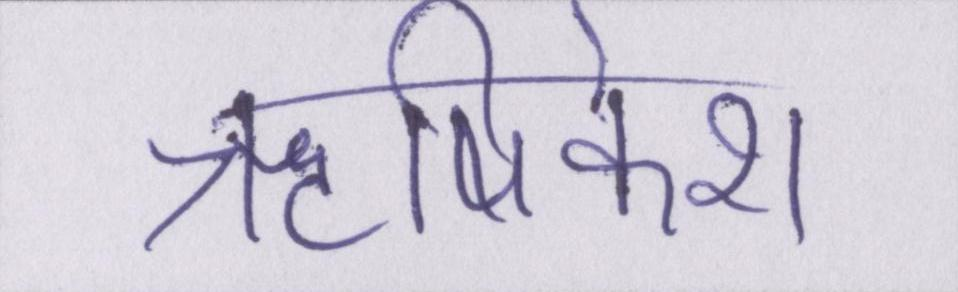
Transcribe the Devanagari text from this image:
ॠषिकेश